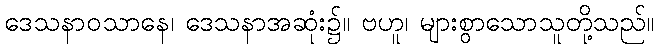
ဒေသနာဝသာနေ၊ ဒေသနာအဆုံး၌။ ဗဟူ၊ များစွာသောသူတို့သည်။